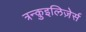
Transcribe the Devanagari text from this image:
त्रन्क़ुइलिज़ेर्स